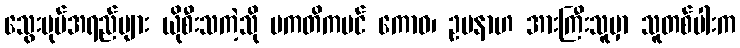
သွေးပုပ်အရည်များ ယိုစီးသကဲ့သို ပကတိကပင် ကောဓ၊ ဥပနာဟ အားကြီးသူမှာ သူတစ်ပါးက